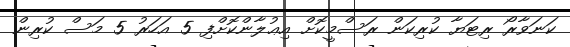
ކަނަވާރޯ ރިޓަޔާ ކުރިކަން ރަސްމީކޮށް އިޢުލާންކޮށްފި 5 އަހަރު 5 މަސް ކުރިން